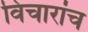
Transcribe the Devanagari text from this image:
विचारांच